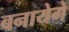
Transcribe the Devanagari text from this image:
बनायेगे